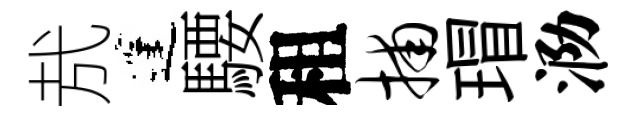
㢤蓬騕租捕瑁泐